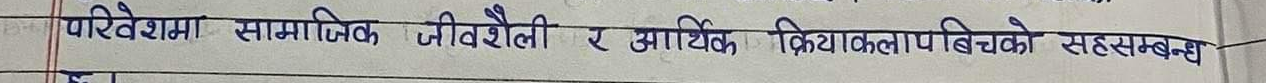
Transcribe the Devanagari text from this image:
परिवेशमा सामाजिक जीवनशैली र आर्थिक क्रियाकलापबीचको सहसम्बन्ध